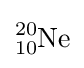
{\ce {^{20}_{10}Ne}}